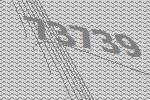
73739